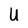
Character: U